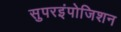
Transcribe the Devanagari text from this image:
सुपरइंपोजिशन